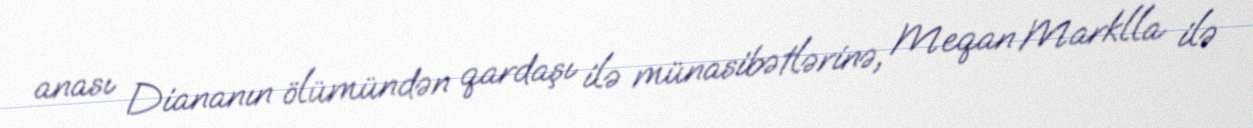
anası Diananın ölümündən qardaşı ilə münasibətlərinə, Meqan Marklla ilə